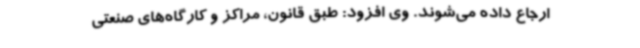
ارجاع داده می‌شوند. وی افزود: طبق قانون، مراکز و کارگاه‌های صنعتی